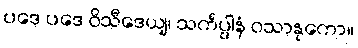
ပဒေ ပဒေ ဝိသီဒေယျ၊ သင်္ကပ္ပါနံ ဝသာနုကော။